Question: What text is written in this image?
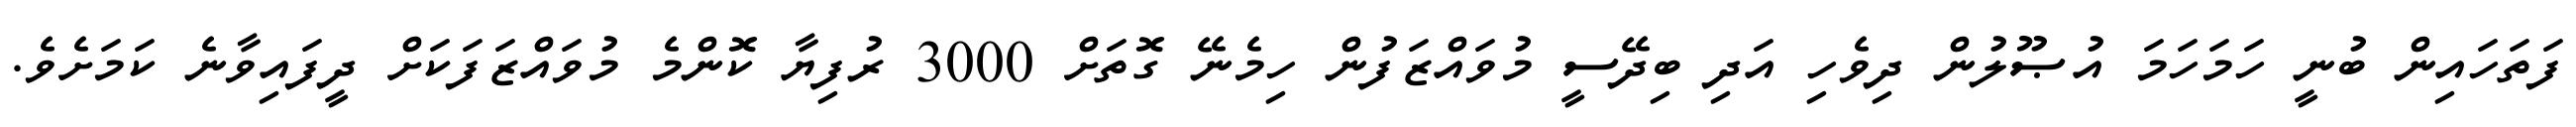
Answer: ފަތަހައިން ބުނީ ހަމަހަމަ އުޞޫލުން ދިވެހި އަދި ބިދޭސީ މުވައްޒަފުން ހިމެނޭ ގޮތަށް 3000 ރުފިޔާ ކޮންމެ މުވައްޒަފަކަށް ދީފައިވާނެ ކަމަށެވެ.